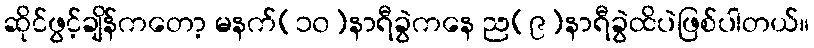
ဆိုင်ဖွင့်ချိန်ကတော့ မနက်(၁၀)နာရီခွဲကနေ ည(၉)နာရီခွဲထိပဲဖြစ်ပါတယ်။